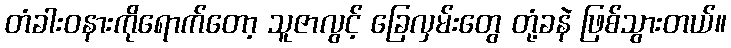
တံခါးဝနားကိုရောက်တော့ သူဇာလွင့် ခြေလှမ်းတွေ တုံ့ခနဲ ဖြစ်သွားတယ်။